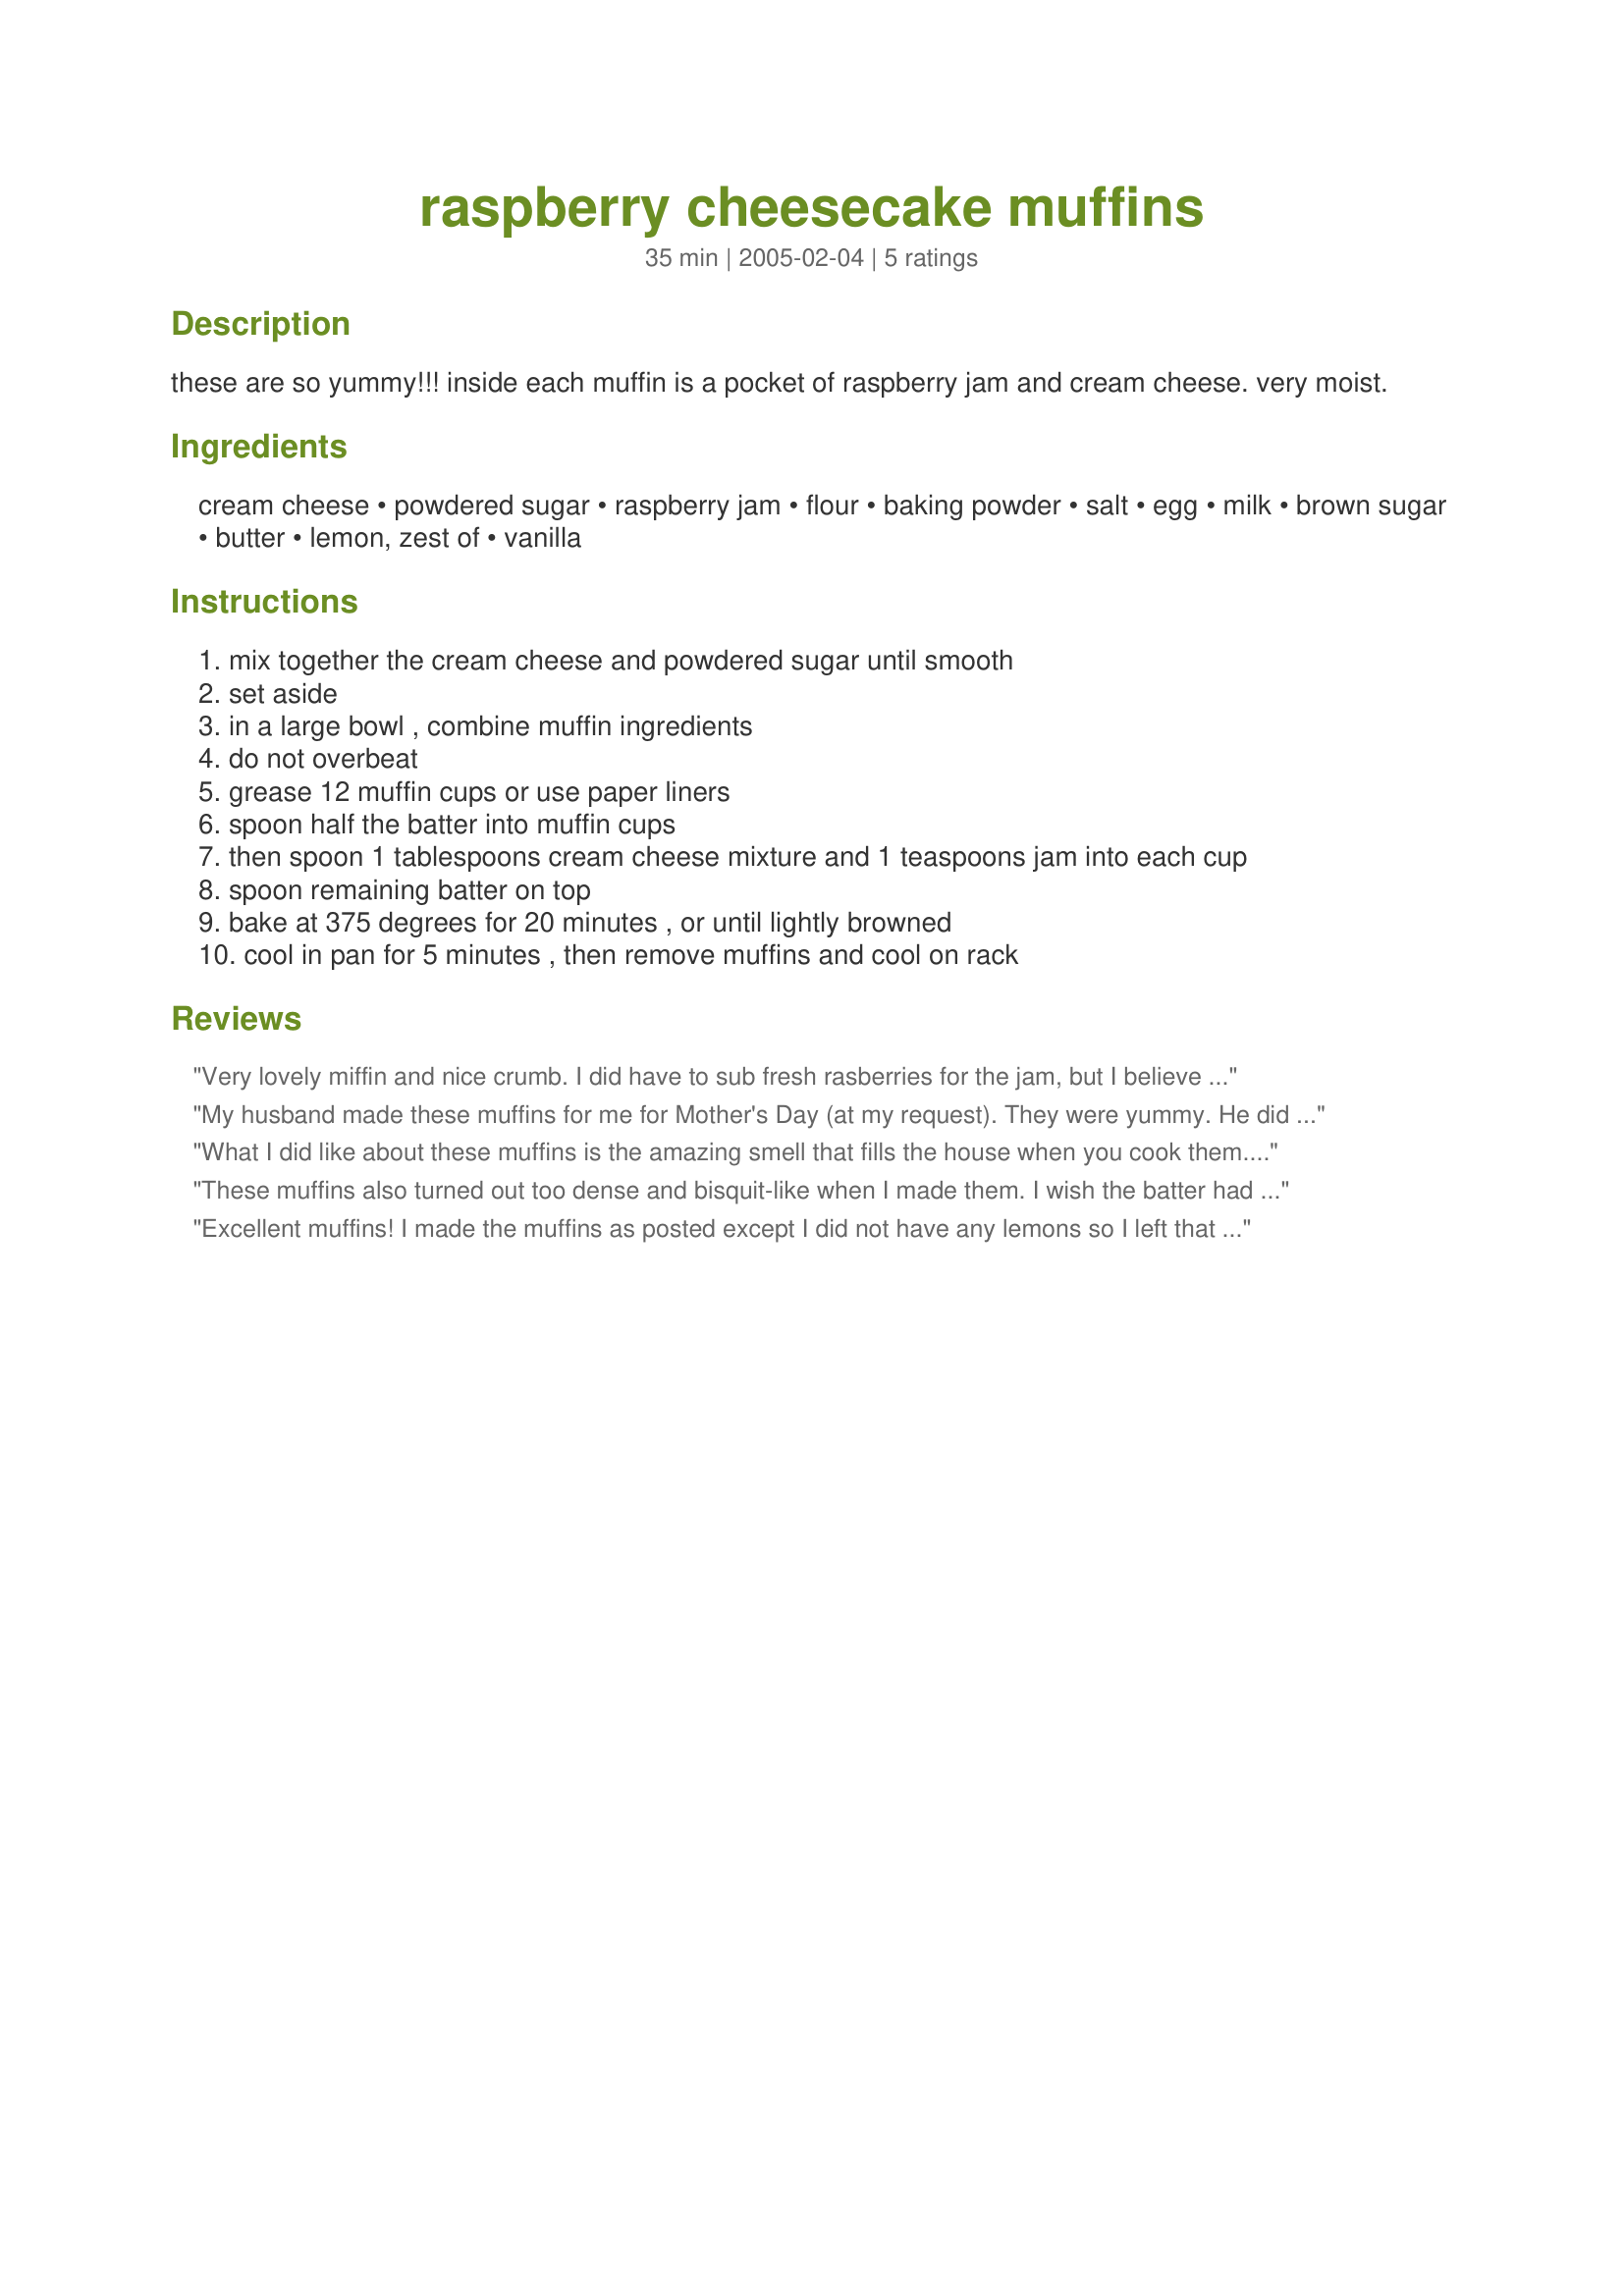
raspberry cheesecake muffins
Preparation time: 35 minutes

these are so yummy!!! inside each muffin is a pocket of raspberry jam and cream cheese. very moist.

Ingredients:
cream cheese, powdered sugar, raspberry jam, flour, baking powder, salt, egg, milk, brown sugar, butter, lemon, zest of, vanilla

Steps:
mix together the cream cheese and powdered sugar until smooth, set aside, in a large bowl , combine muffin ingredients, do not overbeat, grease 12 muffin cups or use paper liners, spoon half the batter into muffin cups, then spoon 1 tablespoons cream cheese mixture and 1 teaspoons jam into each cup, spoon remaining batter on top, bake at 375 degrees for 20 minutes , or until lightly browned, cool in pan for 5 minutes , then remove muffins and cool on rack

Reviews:
Very lovely miffin and nice crumb. I did have to sub fresh rasberries for the jam, but I believe the jam would be tastier. I also liked the hint of lemon in the background. Thank you for posting! :)
My husband made these muffins for me for Mother's Day (at my request). They were yummy. He did mix the cream cheese with the jam before layering and if I make these, I will do the same. The only complaint we have is that many of the muffins exploded and you couldn't get the paper lining off of the muffins. But there was a good tast. Thanks for posting the recipe.
What I did like about these muffins is the amazing smell that fills the house when you cook them. But they did not turn out as I expected. I thought I was careful not to overbeat, but they still turned out too dense and bisquit like. And although I liked the filling (double the cream cheese mixture - there wasn't enough), I didn't enjoy the taste of the muffin part. My husband liked them more than I did. He might have given 4 stars.
These muffins also turned out too dense and bisquit-like when I made them. I wish the batter had been sweeter, but the filling was very yummy! We also had trouble with the muffins 'exploding' in the pan, and with the muffin cups being very sticky and hard to remove. If I made this recipe again I would consider mixing the cream cheese into the batter and filling them with a pocket of jelly!
Excellent muffins! I made the muffins as posted except I did not have any lemons so I left that out ~ didn't miss it. I did have a little problem with the jam and cream cheese running out of the muffin but otherwise it's an easy recipe. My house smelled wonderful while they were baking. Thanks so much for posting a recipe that is headed for my keeper cookbook!
